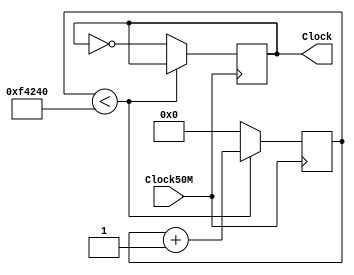
module Temporizador(Clock50M,Clock);
	input Clock50M;
	reg [31:0] Counter;
	output reg Clock;
	
	always@(posedge Clock50M)
	begin
		//Clock <= !Clock;
		if( Counter < 2*50*10000 ) //100000
		begin
			Counter <= Counter + 1;
		end
			else
			begin
				Clock <= !Clock;
				Counter <= 0;
			end
	end
	
	/*always@(*)
	begin
		Clock <= Clock50M;
	end*/

endmodule